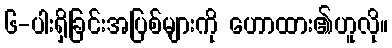
၆-ပါးရှိခြင်းအပြစ်များကို ဟောထား၏ဟူလို။